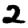
Digit: 2